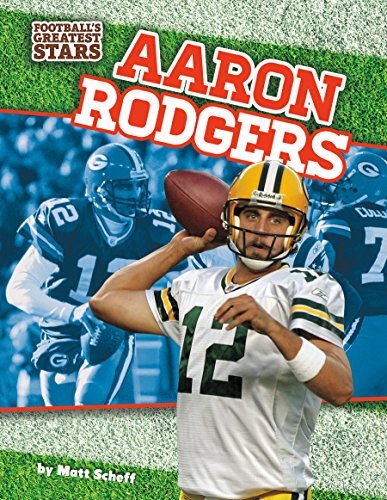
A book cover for Aaron Rodgers (Football's Greatest Stars); Matt Scheff; Children's Books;